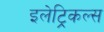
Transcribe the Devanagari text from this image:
इलेट्रिकल्स